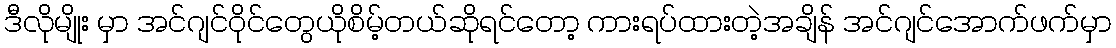
ဒီလိုမျိုး မှာ အင်ဂျင်ဝိုင်တွေယိုစိမ့်တယ်ဆိုရင်တော့ ကားရပ်ထားတဲ့အချိန် အင်ဂျင်အောက်ဖက်မှာ